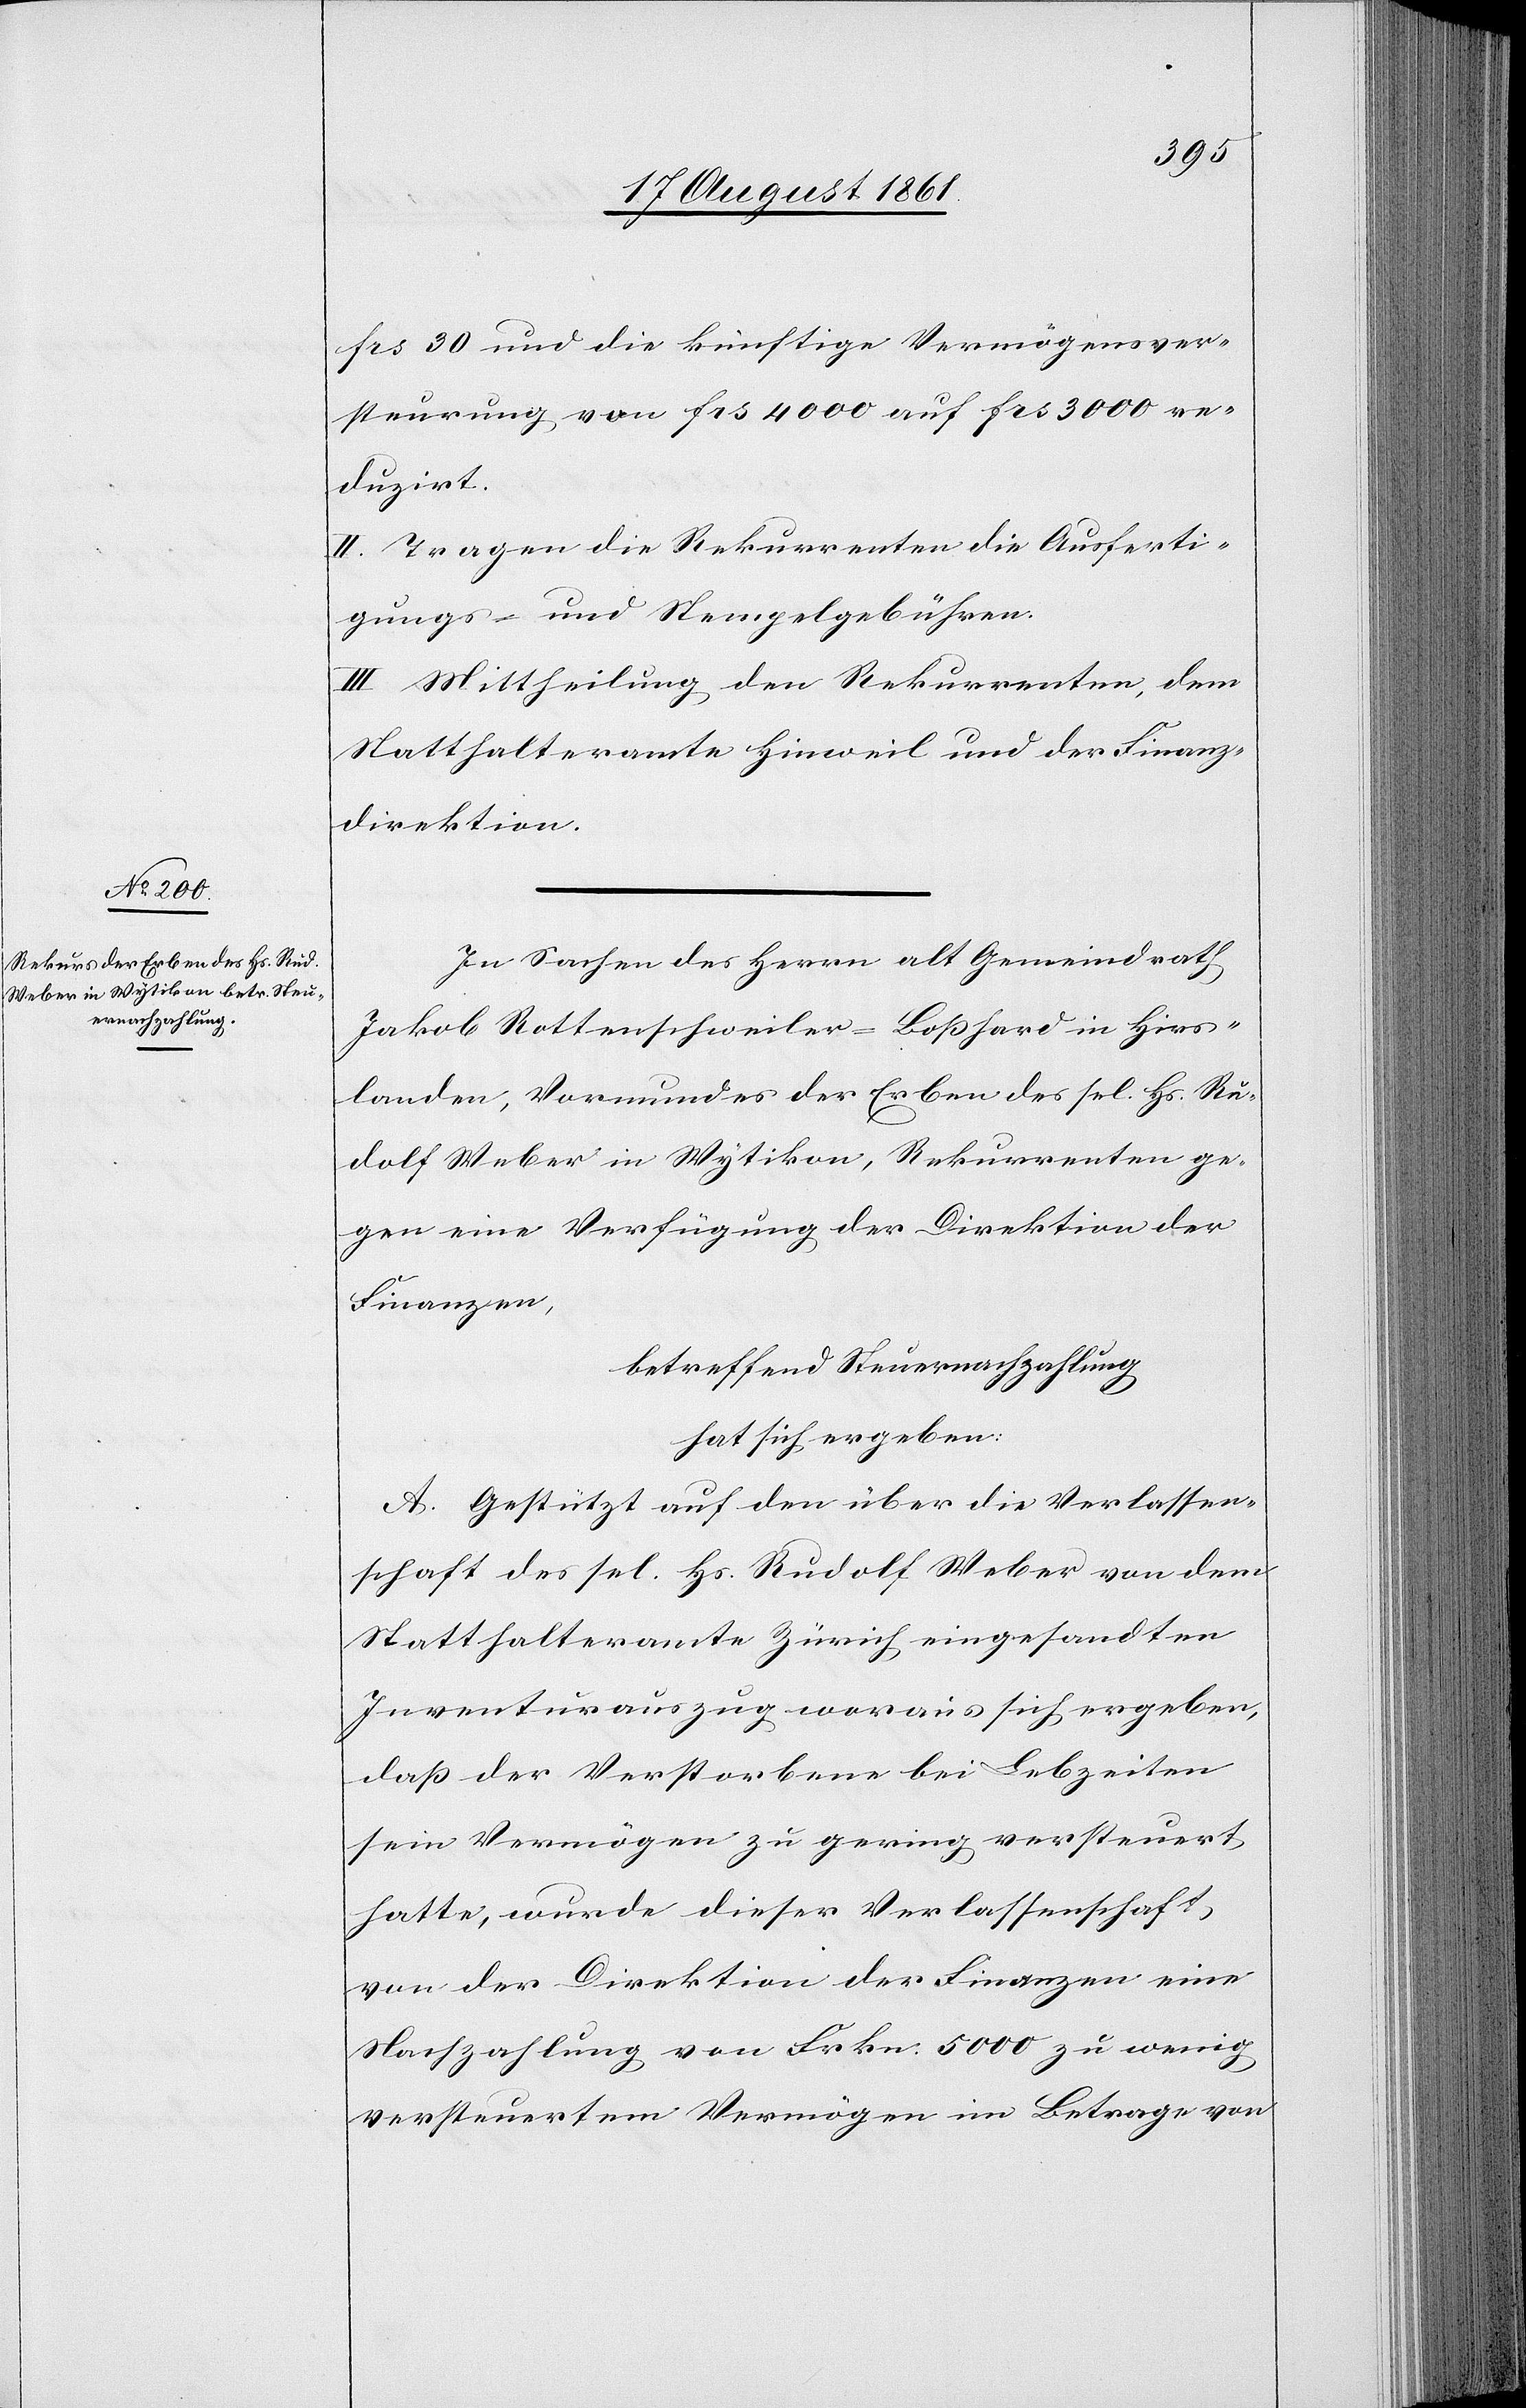
frs 30 und die künftige Vermögensver¬
steurung von frs 4000 auf frs 3000 re¬
duzirt.
II. Tragen die Rekurrenten die Ausferti¬
gungs- u. Stempelgebühren.
III. Mittheilung den Rekurrenten, dem
Statthalteramte Hinweil und der Finanz¬
direktion.
In Sachen des Herrn alt Gemeindrath
Jakob Rottenschweiler-Boßhard in Hirs¬
landen, Vormundes der Erben sel. Hs. Ru¬
dolf Weber in Wytikon, Rekurrenten ge¬
gen eine Verfügung der Direktion der
Finanzen,
betreffend Steuernachzahlung,
hat sich ergeben:
A. Gestützt auf den über die Verlassen¬
schaft des sel. Hs. Rudolf Weber von dem
Statthalteramte Zürich eingesandten
Inventarauszug woraus sich ergeben,
daß der Verstorbene bei Lebzeiten
sein Vermögen zu gering versteuert
hatte, wurde dieser Verlassenschaft
von der Direktion der Finanzen eine
Nachzahlung von Frkn. 5000 zu wenig
versteuertem Vermögen im Betrage von